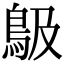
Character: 𩾶